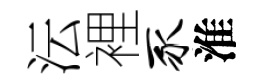
沄裡豕淮